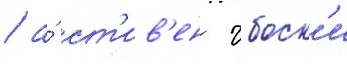
/ а́ ст'ив'ен чбоск'и